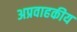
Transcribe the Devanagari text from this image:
अप्रवाहकीय